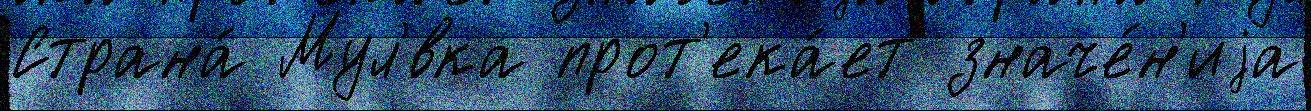
Страна́ Мул'́вка прот'ека́ет значе́н'иjа